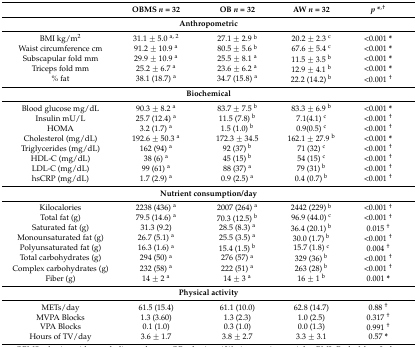
<table><thead><tr><td></td><td><b>OBMS <i>n</i> = 32</b></td><td><b>OB <i>n</i> = 32</b></td><td><b>AW <i>n</i> = 32</b></td><td><b><i>p</i> *<sup>,†</sup></b></td></tr><tr><td colspan="5"><b>Anthropometric</b></td></tr></thead><tbody><tr><td>BMI kg/m<sup>2</sup></td><td>31.1 ± 5.0 <sup>a, 2</sup></td><td>27.1 ± 2.9 <sup>b</sup></td><td>20.2 ± 2.3 <sup>c</sup></td><td>&lt;0.001 <b>*</b></td></tr><tr><td>Waist circumference cm</td><td>91.2 ± 10.9 <sup>a</sup></td><td>80.5 ± 5.6 <sup>b</sup></td><td>67.6 ± 5.4 <sup>c</sup></td><td>&lt;0.001 <b>*</b></td></tr><tr><td>Subscapular fold mm</td><td>29.9 ± 10.9 <sup>a</sup></td><td>25.5 ± 8.1 <sup>a</sup></td><td>11.5 ± 3.5 <sup>b</sup></td><td>&lt;0.001 <b>*</b></td></tr><tr><td>Triceps fold mm</td><td>25.2 ± 6.7 <sup>a</sup></td><td>23.6 ± 6.2 <sup>a</sup></td><td>12.9 ± 4.1 <sup>b</sup></td><td>&lt;0.001 <b>*</b></td></tr><tr><td>% fat</td><td>38.1 (18.7) <sup>a</sup></td><td>34.7 (15.8) <sup>a</sup></td><td>22.2 (14.2) <sup>b</sup></td><td>&lt;0.001 <sup>†</sup></td></tr><tr><td colspan="5"><b>Biochemical</b></td></tr><tr><td>Blood glucose mg/dL</td><td>90.3 ± 8.2 <sup>a</sup></td><td>83.7 ± 7.5 <sup>b</sup></td><td>83.3 ± 6.9 <sup>b</sup></td><td>&lt;0.001 <b>*</b></td></tr><tr><td>Insulin mU/L</td><td>25.7 (12.4) <sup>a</sup></td><td>11.5 (7.8) <sup>b</sup></td><td>7.1(4.1) <sup>c</sup></td><td>&lt;0.001 <sup>†</sup></td></tr><tr><td>HOMA</td><td>3.2 (1.7) <sup>a</sup></td><td>1.5 (1.0) <sup>b</sup></td><td>0.9(0.5) <sup>c</sup></td><td>&lt;0.001 <sup>†</sup></td></tr><tr><td>Cholesterol (mg/dL)</td><td>192.6 ± 50.3 <sup>a</sup></td><td>172.3 ± 34.5</td><td>162.1 ± 27.9 <sup>b</sup></td><td>&lt;0.001 <b>*</b></td></tr><tr><td>Triglycerides (mg/dL)</td><td>162 (94) <sup>a</sup></td><td>92 (37) <sup>b</sup></td><td>71 (32) <sup>c</sup></td><td>&lt;0.001 <sup>†</sup></td></tr><tr><td>HDL-C (mg/dL)</td><td>38 (6) <sup>a</sup></td><td>45 (15) <sup>b</sup></td><td>54 (15) <sup>c</sup></td><td>&lt;0.001 <sup>†</sup></td></tr><tr><td>LDL-C (mg/dL)</td><td>99 (61) <sup>a</sup></td><td>88 (37) <sup>a</sup></td><td>79 (31) <sup>b</sup></td><td>&lt;0.001 <sup>†</sup></td></tr><tr><td>hsCRP (mg/dL)</td><td>1.7 (2.9) <sup>a</sup></td><td>0.9 (2.5) <sup>a</sup></td><td>0.4 (0.7) <sup>b</sup></td><td>&lt;0.001 <sup>†</sup></td></tr><tr><td colspan="5"><b>Nutrient consumption/day</b></td></tr><tr><td>Kilocalories</td><td>2238 (436) <sup>a</sup></td><td>2007 (264) <sup>a</sup></td><td>2442 (229) <sup>b</sup></td><td>&lt;0.001 <sup>†</sup></td></tr><tr><td>Total fat (g)</td><td>79.5 (14.6) <sup>a</sup></td><td>70.3 (12.5) <sup>b</sup></td><td>96.9 (44.0) <sup>c</sup></td><td>&lt;0.001 <sup>†</sup></td></tr><tr><td>Saturated fat (g)</td><td>31.3 (9.2)</td><td>28.5 (8.3) <sup>a</sup></td><td>36.4 (20.1) <sup>b</sup></td><td>0.015 <sup>†</sup></td></tr><tr><td>Monounsaturated fat (g)</td><td>26.7 (5.1) <sup>a</sup></td><td>25.5 (3.5) <sup>a</sup></td><td>30.0 (1.7) <sup>b</sup></td><td>&lt;0.001 <sup>†</sup></td></tr><tr><td>Polyunsaturated fat (g)</td><td>16.3 (1.6) <sup>a</sup></td><td>15.4 (1.5) <sup>b</sup></td><td>15.7 (1.8) <sup>c</sup></td><td>0.004 <sup>†</sup></td></tr><tr><td>Total carbohydrates (g)</td><td>294 (50) <sup>a</sup></td><td>276 (57) <sup>a</sup></td><td>329 (36) <sup>b</sup></td><td>&lt;0.001 <sup>†</sup></td></tr><tr><td>Complex carbohydrates (g)</td><td>232 (58) <sup>a</sup></td><td>222 (51) <sup>a</sup></td><td>263 (28) <sup>b</sup></td><td>&lt;0.001 <sup>†</sup></td></tr><tr><td>Fiber (g)</td><td>14 ± 2 <sup>a</sup></td><td>14 ± 3 <sup>a</sup></td><td>16 ± 1 <sup>b</sup></td><td>0.001 <b>*</b></td></tr><tr><td colspan="5"><b>Physical activity</b></td></tr><tr><td>METs/day</td><td>61.5 (15.4)</td><td>61.1 (10.0)</td><td>62.8 (14.7)</td><td>0.88 <sup>†</sup></td></tr><tr><td>MVPA Blocks</td><td>1.3 (3.60)</td><td>1.3 (2.3)</td><td>1.0 (2.5)</td><td>0.317 <sup>†</sup></td></tr><tr><td>VPA Blocks</td><td>0.1 (1.0)</td><td>0.3 (1.0)</td><td>0.0 (1.3)</td><td>0.991 <sup>†</sup></td></tr><tr><td>Hours of TV/day</td><td>3.6 ± 1.7</td><td>3.8 ± 2.7</td><td>3.3 ± 3.1</td><td>0.57 <b>*</b></td></tr></tbody></table>